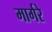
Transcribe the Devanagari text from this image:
मार्गरे